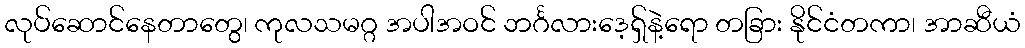
လုပ်ဆောင်နေတာတွေ၊ ကုလသမဂ္ဂ အပါအဝင် ဘင်္ဂလားဒေ့ရှ်နဲ့ရော တခြား နိုင်ငံတကာ၊ အာဆီယံ